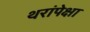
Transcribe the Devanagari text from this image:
थरांपेक्षा